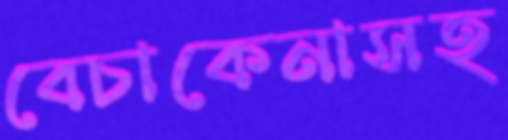
বেচাকেনাসহ